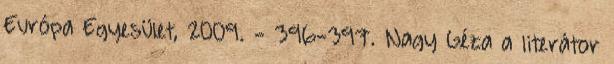
Európa Egyesület, 2009. - 396-397. Nagy Géza a literátor